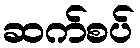
ဆက်စပ်